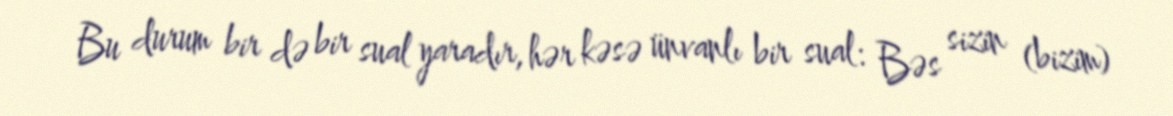
Bu durum bir də bir sual yaradır, hər kəsə ünvanlı bir sual: Bəs sizin (bizim)